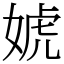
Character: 婋